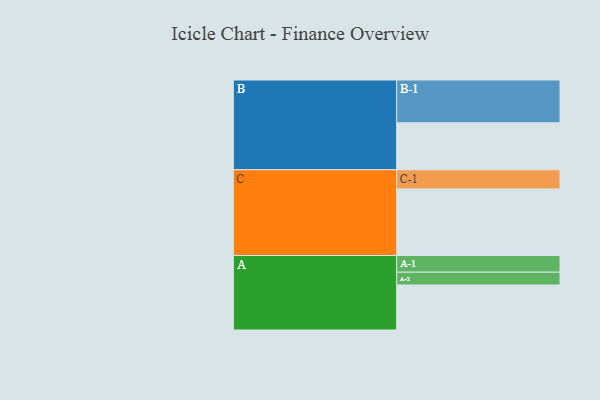
{"axis": {"x": "Segment", "y": "Value"}, "legend": ["", "A", "B", "C"], "data": [{"x": "A", "y": 310, "type": ""}, {"x": "B", "y": 323, "type": ""}, {"x": "C", "y": 458, "type": ""}, {"x": "A-1", "y": 115, "type": "A"}, {"x": "A-2", "y": 88, "type": "A"}, {"x": "B-1", "y": 295, "type": "B"}, {"x": "C-1", "y": 132, "type": "C"}]}